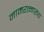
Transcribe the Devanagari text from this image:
नामरत्नारूय